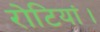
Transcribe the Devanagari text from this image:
रोटियां।